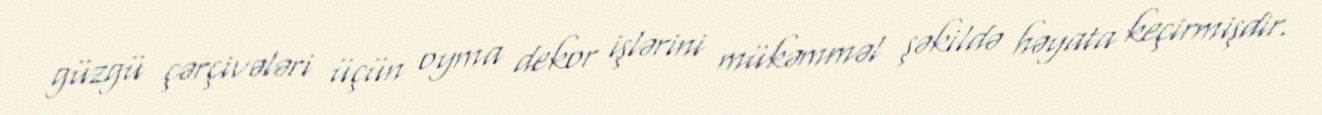
güzgü çərçivələri üçün oyma dekor işlərini mükəmməl şəkildə həyata keçirmişdir.